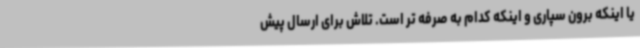
یا اینکه برون سپاری و اینکه کدام به صرفه تر است. تلاش برای ارسال پیش